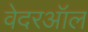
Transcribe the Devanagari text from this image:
वेदरऑल